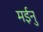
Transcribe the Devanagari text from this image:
मईनु